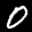
Label: 0